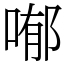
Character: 喐